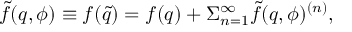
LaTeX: \tilde { f } ( q , \phi ) \equiv f ( \tilde { q } ) = f ( q ) + \Sigma _ { n = 1 } ^ { \infty } \tilde { f } ( q , \phi ) ^ { ( n ) } ,